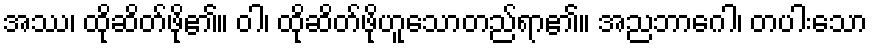
အဿ၊ ထိုဆိတ်ဖို၏။ ဝါ၊ ထိုဆိတ်ဖိုဟူသောတည်ရာ၏။ အညဘာဂေါ၊ တပါးသော